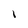
Character: l